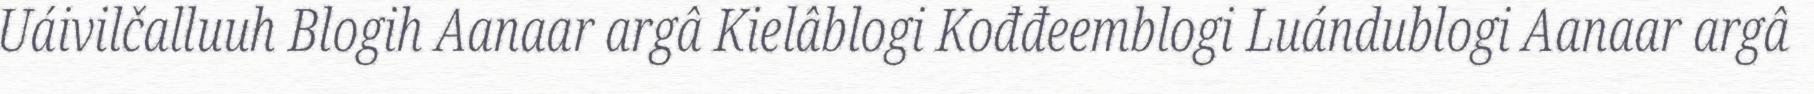
Uáivilčalluuh Blogih Aanaar argâ Kielâblogi Kođđeemblogi Luándublogi Aanaar argâ